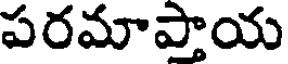
పరమాప్తాయ